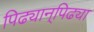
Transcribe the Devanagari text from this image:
पिढ्यान्‌पिढ्या